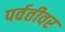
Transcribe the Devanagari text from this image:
पर्वतीवर